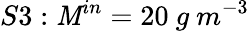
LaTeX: S3:\mathit{M}^{in}=20\ g\ m^{-3}